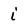
Character: i